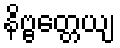
နိဗ္ဗတ္တေယျ